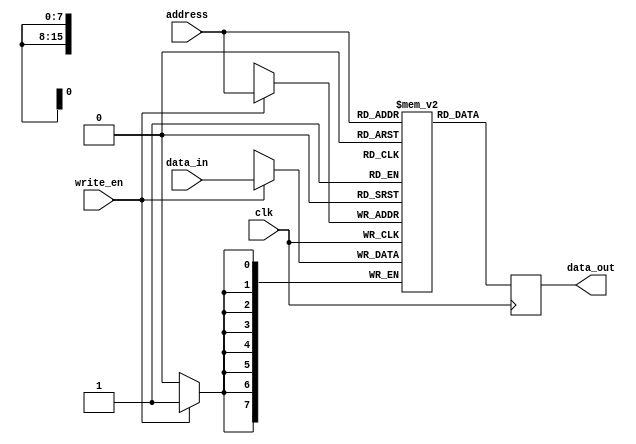
module SDRAM (
    input wire clk,
    input wire [15:0] address,
    input wire write_en,
    input wire [7:0] data_in,
    output reg [7:0] data_out
);

reg [7:0] memory[0:65535]; // Create memory blocks with 64K locations

always @(posedge clk) begin
    if (write_en) begin
        memory[address] <= data_in;
    end
    data_out <= memory[address];
end

endmodule